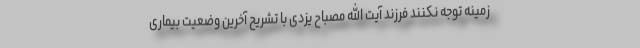
زمینه توجه نکنند فرزند آیت الله مصباح یزدی با تشریح آخرین وضعیت بیماری